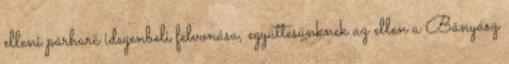
elleni párharc idegenbeli felvonása, együttesünknek az ellen a Bányász